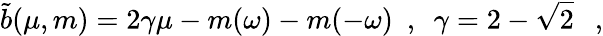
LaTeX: \tilde{b}(\mu,m)=2\gamma\mu-m(\omega)-m(-\omega)~~,~~\gamma=2-\sqrt{2}~~~,